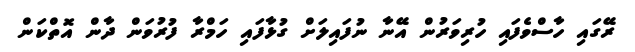
ރޭގައި ހާސްވެފައި ހުރިވަރުން އޭނާ ނުފައިލަށް ގުޅާފައި ހަމްރާ ފުރުވަން ދާން އޮތްކަން